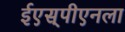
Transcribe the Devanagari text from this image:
ईएस्‌पीएनला